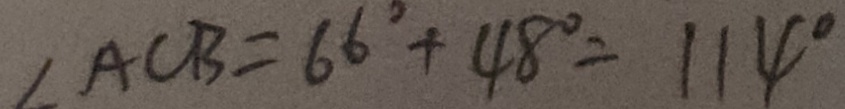
\angle A C B = 6 6 ^ { \circ } + 4 8 ^ { \circ } = 1 1 4 ^ { \circ }